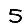
Digit: 5